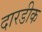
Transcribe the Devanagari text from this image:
दारडीक